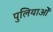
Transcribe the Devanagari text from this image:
पुलियाओं